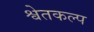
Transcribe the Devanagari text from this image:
श्वेतकल्प